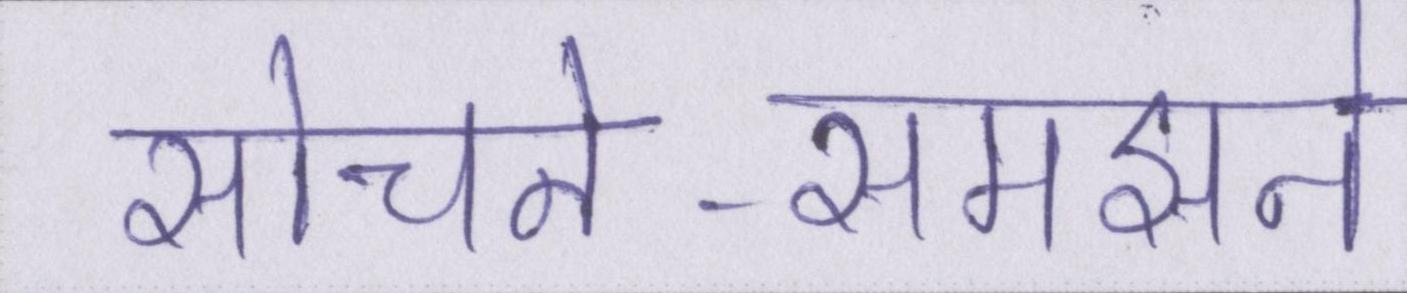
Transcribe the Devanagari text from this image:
सोचने-समझने